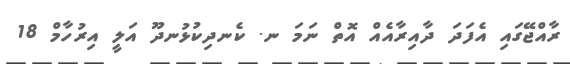
ރާއްޖޭގައި އެފަދަ ދާއިރާއެއް އޮތް ނަމަ ނ. ކެނދިކުޅުނދޫ އަލީ އިރުހާމް 18